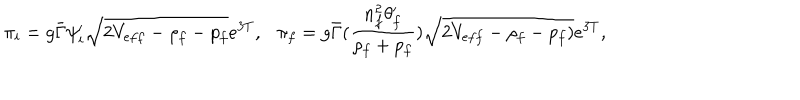
\pi _ { i } = g \bar { \Gamma } \psi _ { i } ^ { \prime } \sqrt { 2 V _ { e f f } - \rho _ { f } - p _ { f } } e ^ { 3 T } , \ \ \ \pi _ { f } = g \bar { \Gamma } ( { \frac { n _ { f } ^ { 2 } \theta _ { f } ^ { \prime } } { \rho _ { f } + p _ { f } } } ) \sqrt { 2 V _ { e f f } - \rho _ { f } - p _ { f } ) } e ^ { 3 T } ,